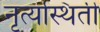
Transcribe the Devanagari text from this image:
नृत्यस्थिती